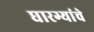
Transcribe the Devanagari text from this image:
घारग्यांचे